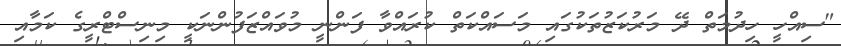
"ސިއްހީ ހިދުމަތް ދޭ މަރުކަޒުތަކުގައި މަސައްކަތް ކުރައްވާ ފަންނީ މުވައްޒަފުންނަކީ މިނިސްޓްރީގެ ކަމާއި